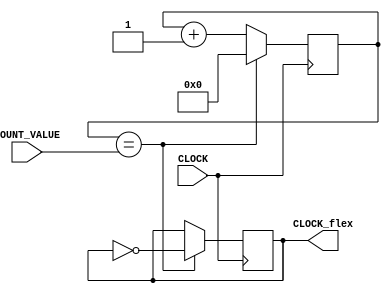
`timescale 1ns / 1ps
//////////////////////////////////////////////////////////////////////////////////
// Company: 
// Engineer: 
// 
// Design Name: 
// Module Name: CLOCK_20khz
// Project Name: 
// Target Devices: 
// Tool Versions: 
// Description: 
// 
// Dependencies: 
// 
// Revision:
// Revision 0.01 - File Created
// Additional Comments:
// 
//////////////////////////////////////////////////////////////////////////////////


module CLOCK_flexible(
    input CLOCK,
    input [31:0] COUNT_VALUE,
    output reg CLOCK_flex = 0
    );
    reg [31:0] COUNT = 0;
    
    always @(posedge CLOCK) begin
    COUNT <= (COUNT == COUNT_VALUE) ? 0: COUNT + 1;
    CLOCK_flex = (COUNT == COUNT_VALUE) ? ~CLOCK_flex:CLOCK_flex;
    end
endmodule